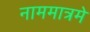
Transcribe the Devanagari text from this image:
नाममात्रमे